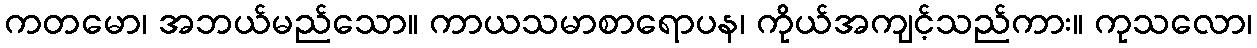
ကတမော၊ အဘယ်မည်သော။ ကာယသမာစာရောပန၊ ကိုယ်အကျင့်သည်ကား။ ကုသလော၊